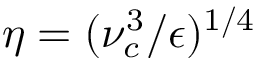
\eta = ( \nu _ { c } ^ { 3 } / \epsilon ) ^ { 1 / 4 }